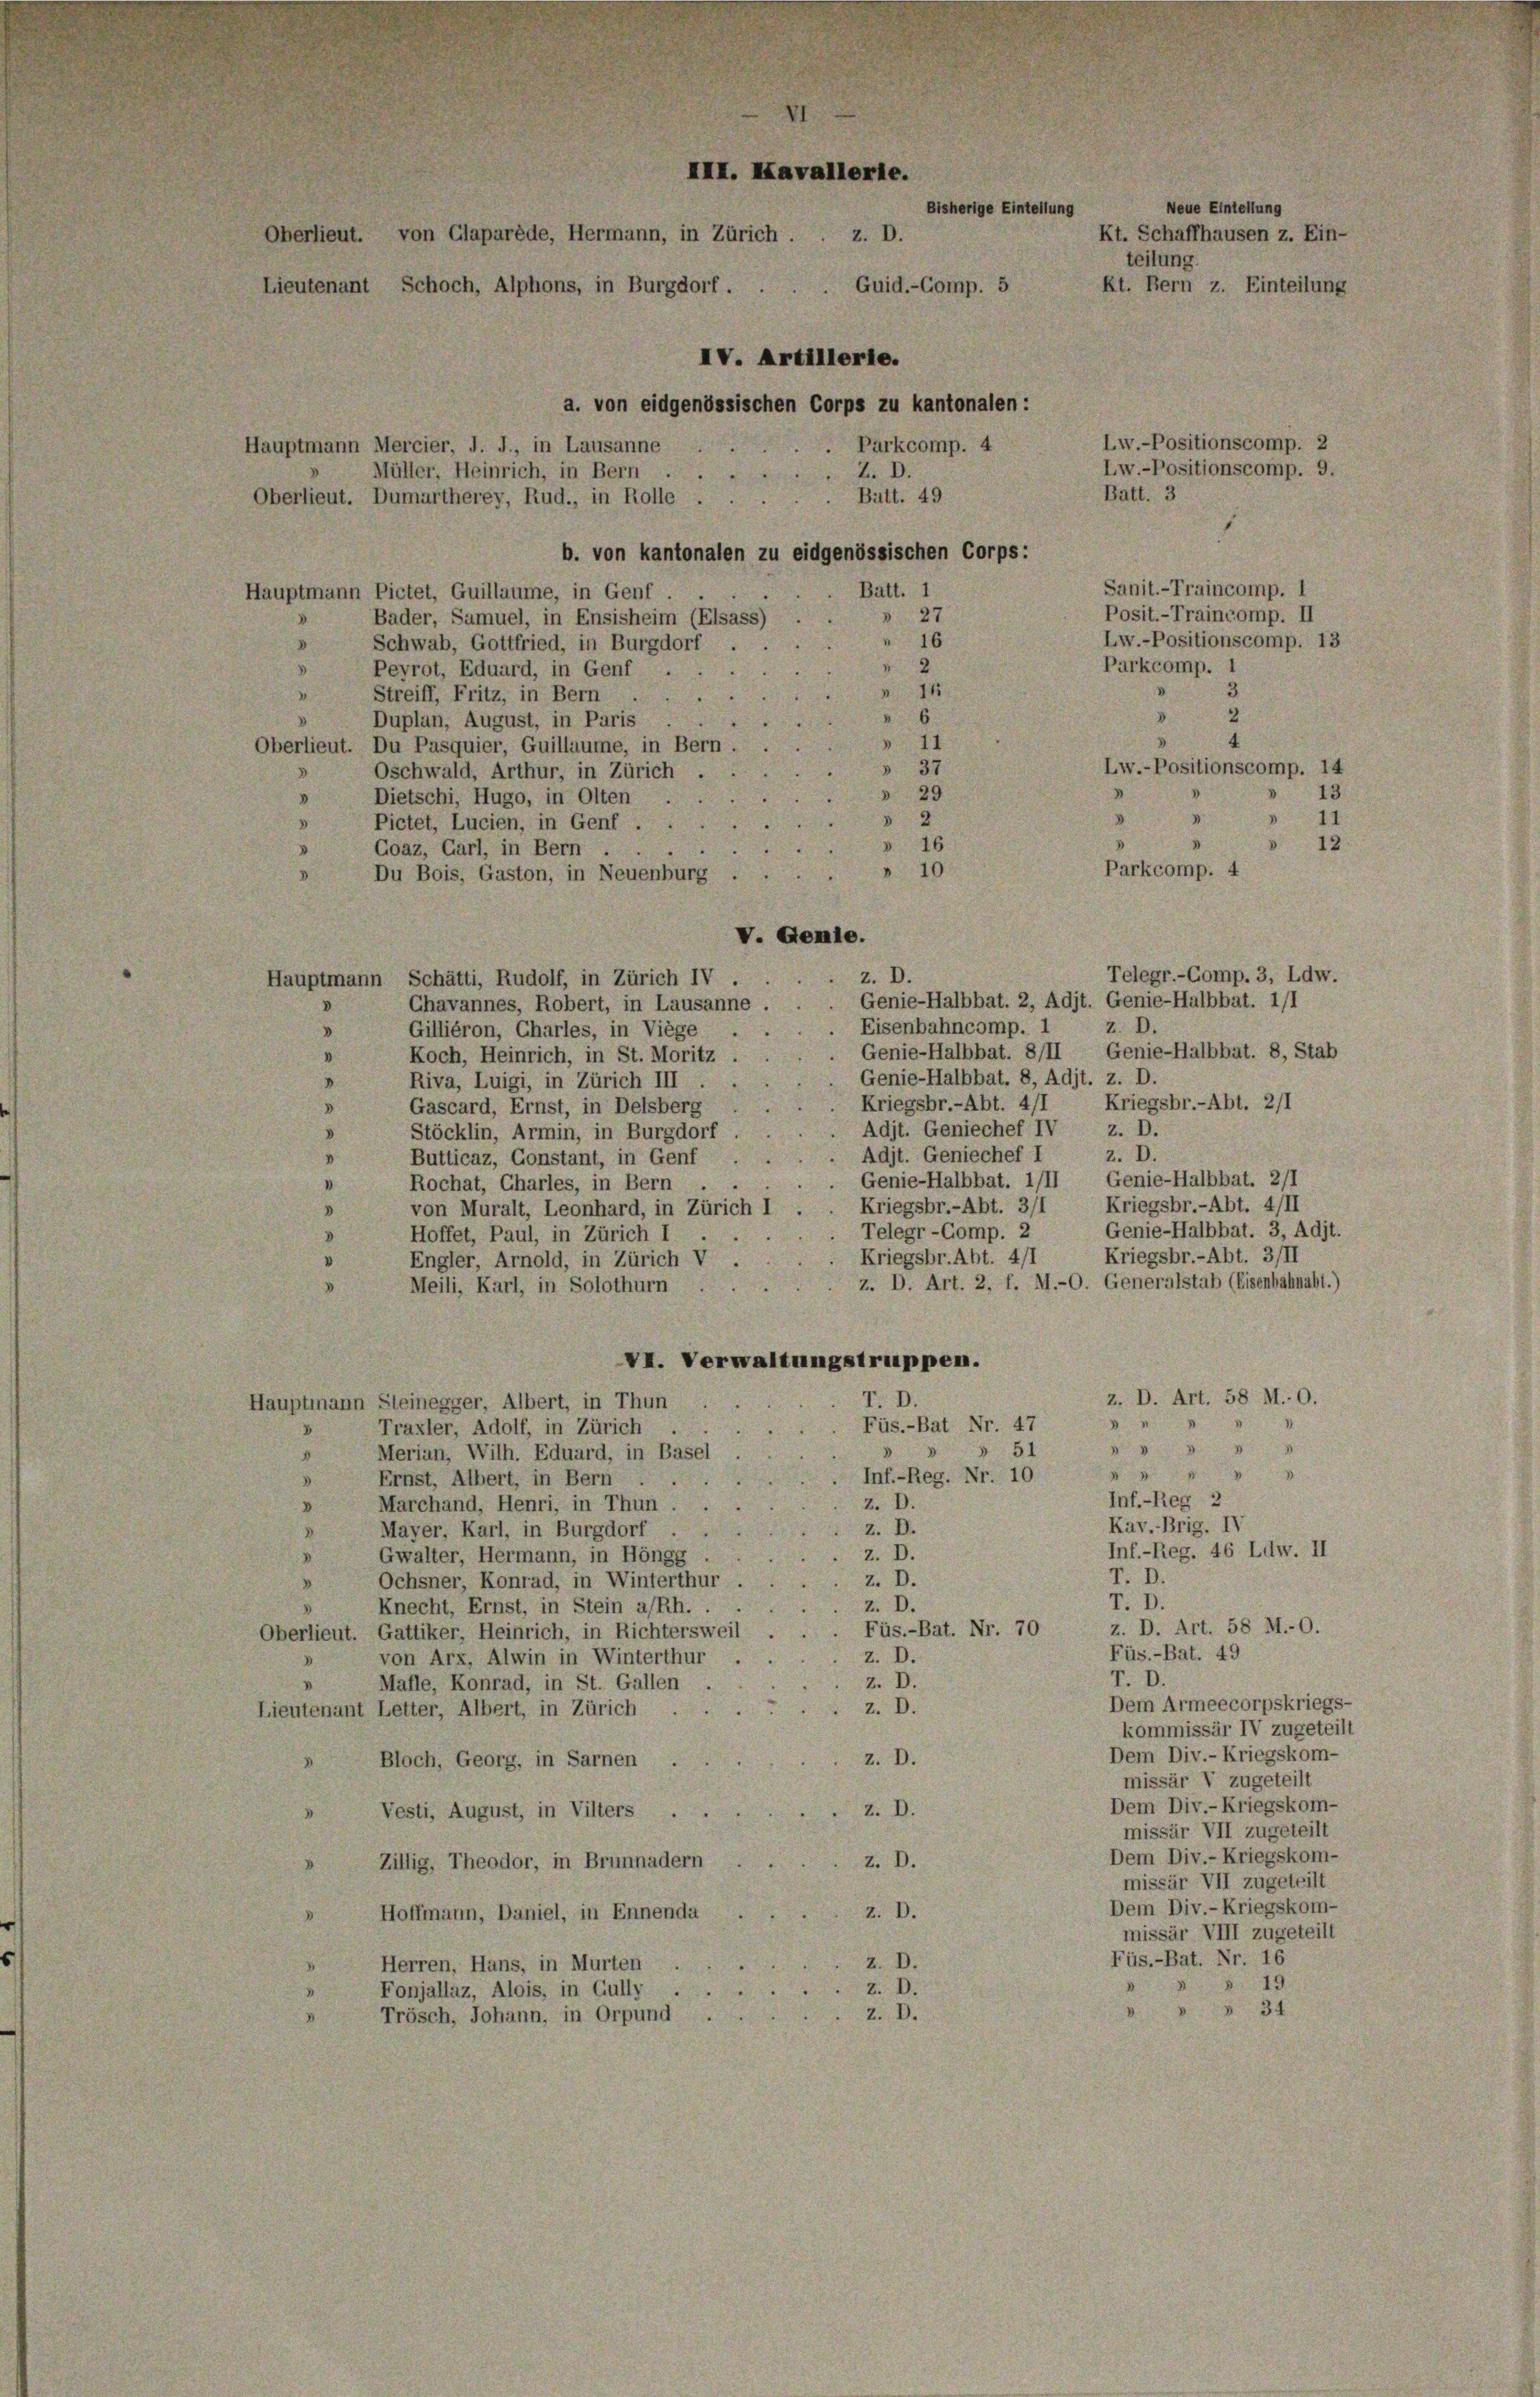
Bütt. 49
Oberlieut. Dumartherey, Rud., in Rolle . .
b. von kantonalen zu eidgenössischen Corps:
Batt. 1
Hauptmann Pictet, Guillaume, in Genf
 27
Bader, Samuel, in Ensisheim (Elsass)
" 16
Schwab, Gottfried, in Burgdorf.
.
Peyrot, Eduard, in Genf,
11
Streiff, Fritz, in Bern
2
Duplan, August, in Paris
Oberlieut. Du Pasquier, Guillaume, in Bern.
31
Lw.-Positionscomp. 1
Oschwald, Arthur, in Zürich
3
1
29
Dietschi, Hugo, in Olten.
 1
3
1
.
Pictet, Lucien, in Genf . .
.
» 16
1.
Coaz, Garl, in Bern,
Parkcomp. 4
 10
Du Bois, Gaston, in Neuenburg
V. Gemie.
Telegr.-Comp. 3, Ldw
z. D.
Hauptmann Schätti, Rudolf, in Zürich IV.
Genie-Halbbat. 2, Adit. Genie-Halbbat. 1/1
Chavannes, Robert, in Lausanne
z. D.
Eisenbahncomp.
Gilliéron, Charles, in Viège .
d
Genie-Halbbat. 8/II Genie-Halbbat. 8, Stat
I
Koch, Heinrich, in St. Moritz.
Genie-Halbbat. 8, Adjt. z. D.
Riva, Luigi, in Zürich III
Kriegsbr.-Abt. 2/1
Kriegsbr.-Abt. 4/1
d
Gascard, Ernst, in Delsberg
Adit. Geniechef IV z. D.
Stöcklin, Armin, in Burgdorf
z. D.
Adit. Geniechef I
Butticaz, Gonstant, in Genf
.
Genie-Halbbat. 1/II Genie-Halbbat. 2/1
Rochat, Charles, in Bern
Kriegsbr.-Abt. 4/II
Kriegsbr.-Abt. 3/1
von Muralt, Leonhard, in Zürich I.
Genie-Halbbat. 3, Adju
Telegr-Comp. 2
Hoffet, Paul, in Zürich I
Kriegsbr.-Abt. 3/II
Kriegsbr. Abt. 4/1
Engler, Arnold, in Zürich V
z. D. Art. 2, f. M.-O. Generalstab (Eisenbahnabt.
Meili, Karl, in Solothurn
VI. Verwaltungstruppen.
z. D. Art. 58 M.. O.
T. D.
Hauptmann Steinegger, Albert, in Thun
3
Füs.-Bat Nr. 47
Traxler, Adolf, in Zürich
V

» 51
Merian, Wilh. Eduard, in Basel
1
 4
Inf.-Reg. Nr. 10
Ernst, Albert, in Bern
3
Inf.-Reg 2
z. D.
Marchand, Henri, in Thun
D
Kav. Brig. IV
z. D.
Mayer, Karl, in Burgdorf
Inf.-Reg. 46 Ldw. II
z. D.
Gwalter, Hermann, in Höngg
T. D.
z. D.
Ochsner, Konrad, in Winterthur
T. D.
z. D.
Knecht, Ernst, in Stein a/Rh.
z. D. Art. 58 M.-O.
Füs.-Bat. Nr. 70
Oberlieut. Gattiker, Heinrich, in Richtersweil
Füs.-Bat. 49
z. D.
von Arx, Alwin in Winterthur
T. D.
Z. D.
Mafle, Konrad, in St. Gallen
Dem Armeecorpskriegs-
z. D.
Lieutenant Letter, Albert, in Zürich
kommissär IV zugeteilt
Dem Div.-Kriegskom-
z. D.
Bloch, Georg, in Sarnen .
missär V zugeteilt
Dem Div.-Kriegskom-
z. D.
Vesti, August, in Vilters .
missär VII zugeteilt
Dem Div.-Kriegskom-
z. D.
Zillig, Theodor, in Brunnadern
missär VII zugeteilt
Dem Div.-Kriegskom-
z. D.
Hoffmann, Daniel, in Ennenda
missär VIII zugeteilt
Füs.-Bat. Nr. 16
z. D.
Herren, Hans, in Murten
 19
z. D.
Fonjallaz, Alois, in Gully
 34
z. D.
Trösch, Johann, in Orpund

III. Kavallerle.
Neue Eintellung
Bisherige Eintellung
Kt. Schaffhausen z. Ein-
Oberlieut. von Glaparède, Hermann, in Zürich . . z. D.
teilung.
Guid.-Comp. 5
Kt. Bern z. Einteilung
Lieutenant Schoch, Alphons, in Burgdorf.
IV. Artillerie.
a. von eidgenössischen Corps zu kantonalen :
Lw.-Positionscomp. 2
Parkcomp. 4
Hauptmann Mercier, J. J., in Lausanne
Lw.-Positionscomp. 9.
Z. D.
Müller, Heinrich, in Bern

Batt. 3

Posit.-Traincomp. II
Lw.-Positionscomp. 12
Parkcomp. 1
3

Sanit.-Traincomp. I